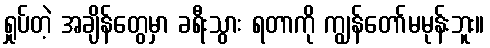
ရှုပ်တဲ့ အချိန်တွေမှာ ခရီးသွား ရတာကို ကျွန်တော်မမုန်းဘူး။